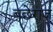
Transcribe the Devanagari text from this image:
बछेराज